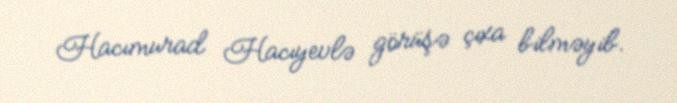
Hacımurad Hacıyevlə görüşə çıxa bilməyib.